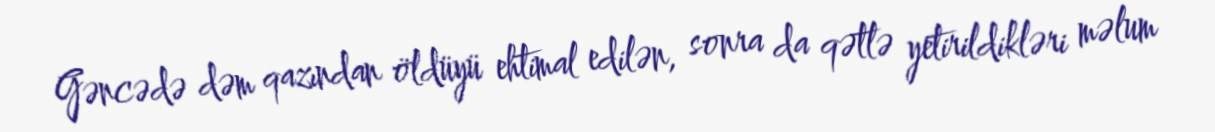
Gəncədə dəm qazından öldüyü ehtimal edilən, sonra da qətlə yetirildikləri məlum